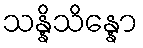
သန္နိသိန္နော